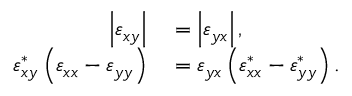
\begin{array} { r l } { \left| \varepsilon _ { x y } \right| } & { { } = \left| \varepsilon _ { y x } \right| , } \\ { \varepsilon _ { x y } ^ { * } \left( \varepsilon _ { x x } - \varepsilon _ { y y } \right) } & { { } = \varepsilon _ { y x } \left( \varepsilon _ { x x } ^ { * } - \varepsilon _ { y y } ^ { * } \right) . } \end{array}